Vaccination report Assam 1874-1896 - 1874-1896
Year: 1874
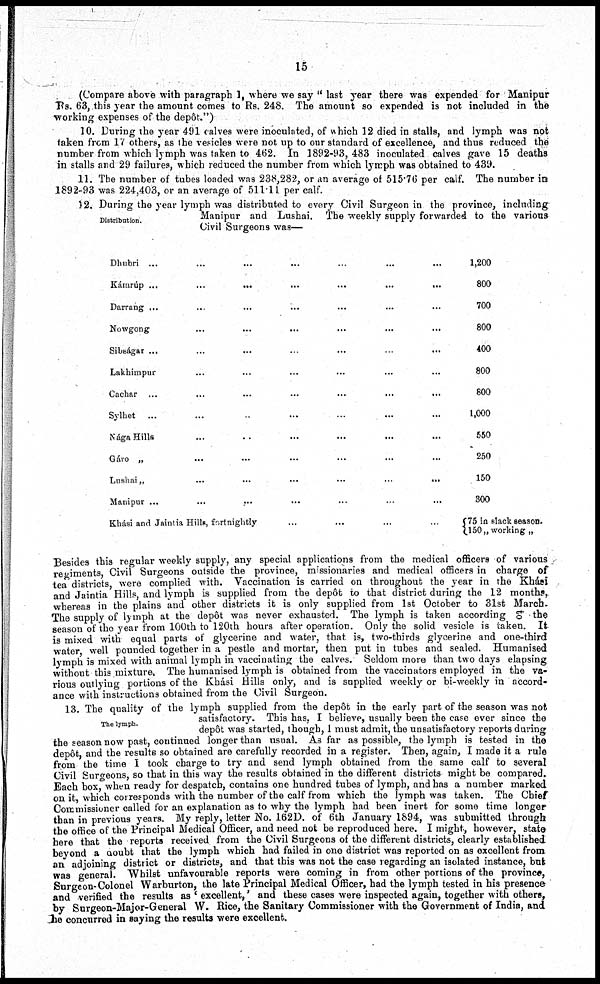
15
(Compare above with paragraph 1, where we say " last year there was expended for Manipur
Rs. 63, this year the amount comes to Rs. 248. The amount so expended is not included in the
working expenses of the depôt.
10. During the year 491 calves were inoculated, of which 12 died in stalls, and lymph was not
taken from 17 others, as the vesicles were not up to our standard of excellence, and thus reduced the
number from which lymph was taken to 462. In 1892-93, 483 inoculated calves gave 15 deaths
in stalls and 29 failures, which reduced the number from which lymph was obtained to 439.
11. The number of tubes loaded was 238,282, or an average of 515.76 per calf. The number in
1892-93 was 224,403, or an average of 511.11 per calf.
Distribution.
12. During the year lymph was distributed to every Civil Surgeon in the province, including
Manipur and Lushai. The weekly supply forwarded to the various
Civil Surgeons was—
Dhubri ...
...
...
...
...
...
...
Kámrúp ...
...
...
...
...
...
...
Darrang ... ... ... ... ... ... ...
Nowgong
...
...
... ... ... ...
Sibságar ... ... ... ... ... ...
Lakhimpur ... ... ... ... ... ...
Cachar ...
...
...
...
...
...
...
Sylhet ... ... ... ... ... ... ...
Nága Hills ... ... ... ... ... ...
Gáro „ ... ... ... ... ... ...
Lushai „
...
...
...
...
...
...
Manipur ...
...
... ... ... ... ...
Khási and Jaintia Hills, fortnightly
1,200
800
700
800
400
800
800
1,000
550
250
150
300
75 in slack season.
150„ working „
Besides this regular weekly supply, any special applications from the medical officers of various
regiments, Civil Surgeons outside the province, missionaries and medical officers in charge of
tea districts, were complied with. Vaccination is carried on throughout the year in the Khási
and Jaintia Hills, and lymph is supplied from the depôt to that district during the 12 months,
whereas in the plains and other districts it is only supplied from 1st October to 31st March.
The supply of lymph at the depôt was never exhausted. The lymph is taken according to the
season of the year from 100th to 120th hours after operation. Only the solid vesicle is taken. It
is mixed with equal parts of glycerine and water, that is, two-thirds glycerine and one-third
water, well pounded together in a pestle and mortar, then put in tubes and sealed. Humanised
lymph is mixed with animal lymph in vaccinating the calves. Seldom more than two days elapsing
without this mixture, The humanised lymph is obtained from the vaccinators employed in the va-
rious outlying portions of the Khási Hills only, and is supplied weekly or bi-weekly in accord ¬
ance with instructions obtained from the Civil Surgeon.
The lymph.
13. The quality of the lymph supplied from the depôt in the early part of the season was not
satisfactory. This has, I believe, usually been the case ever since the
depôt was started, though, I must admit, the unsatisfactory reports during
the season now past, continued longer than usual. As far as possible, the lymph is tested in the
depôt, and the results so obtained are carefully recorded in a register. Then, again, I made it a rule
from the time I took charge to try and send lymph obtained from the same calf to several
Civil Surgeons, so that in this way the results obtained in the different districts might be compared.
Each box, when ready for despatch, contains one hundred tubes of lymph, and has a number marked
on it, which corresponds with the number of the calf from which the lymph was taken. The Chief
Commissioner called for an explanation as to why the lymph had been inert for some time longer
than in previous years. My reply, letter No. 162D. of 6th January 1894, was submitted through
the office of the Principal Medical Officer, and need not be reproduced here. I might, however, state
here that the reports received from the Civil Surgeons of the different districts, clearly established
beyond a ooubt that the lymph which had failed in one district was reported on as excellent from
an adjoining district or districts, and that this was not the case regarding an isolated instance, but
was general. "Whilst unfavourable reports were coming in from other portions of the province,
Surgeon-Colonel Warburton, the late Principal Medical Officer, had the lymph tested in his presence
and verified the results as ' excellent,' and these cases were inspected again, together with others,
by Surgeon-Major-General W. Rice, the Sanitary Commissioner with the Government of India, and
he concurred in saying the results were excellent.